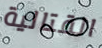
القتالية